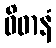
ဝိဓာနံ